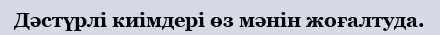
Дәстүрлі киімдері өз мәнін жоғалтуда.